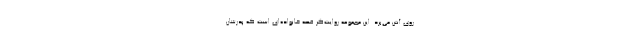
روی آنتن می‌برد. این مجموعه روایت‌گر قصه خانواده‌ای است که پدرشان